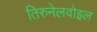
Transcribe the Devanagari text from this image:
तिरुनेलवोइल